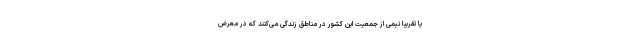
یا تقریبا نیمی از جمعیت این کشور در مناطق زندگی می‌کنند که در معرض